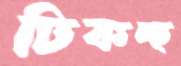
ঢিকচ্ছ